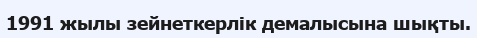
1991 жылы зейнеткерлік демалысына шықты.